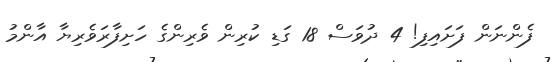
ފެންނަން ފަށައިފި! 4 ދުވަސް 18 ގަޑި ކުރިން ވެރިންގެ ހަށިފާރަވެރިޔާ އާންމު